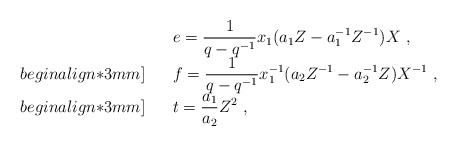
\begin{align*}\begin{array}{rcl}& &e=\displaystyle\frac{1}{q-q^{-1}}x_1(a_1Z-a_1^{-1}Z^{-1})X~,\\begin{align*}3mm]&&f=\displaystyle\frac{1}{q-q^{-1}}x_1^{-1}(a_2Z^{-1}-a_2^{-1}Z)X^{-1}~,\\begin{align*}3mm]& &t=\displaystyle\frac{a_1}{a_2}Z^2~,\end{array}\end{align*}